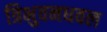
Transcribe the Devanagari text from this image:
त्रिभुवनधवल